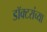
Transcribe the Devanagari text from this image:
डॉक्‍टरांच्या